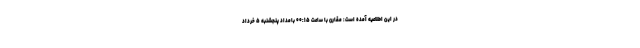
در این اطلاعیه آمده است: مقارن با ساعت ۰۰:۱۵ بامداد پنجشنبه ۵ خرداد